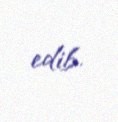
edib.